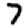
Digit: 7